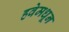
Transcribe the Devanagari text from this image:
हवेमधून